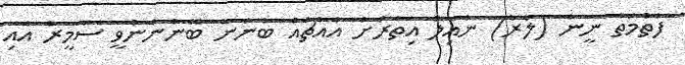
ފާތުމަތު ނީނާ (ލާރާ) ނާއިލު އިތުރަށް އެއްޗެއް ބުނަން ބޭނުންނުވީ ސަމީރާ އާއި